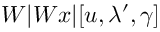
W | W x | [ u , \lambda ^ { \prime } , \gamma ]